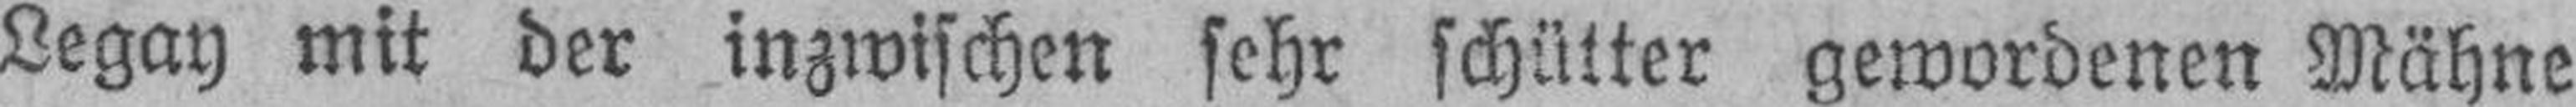
Legay mit der inzwischen sehr schütter gewordenen Mähne